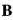
B